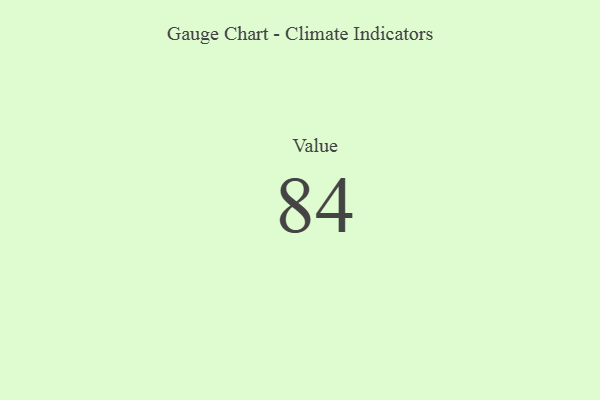
{"axis": {"x": "Metric", "y": "Value"}, "legend": [""], "data": [{"x": "Value", "y": 84, "type": ""}]}